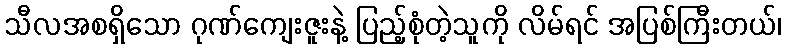
သီလအစရှိသော ဂုဏ်ကျေးဇူးနဲ့ ပြည့်စုံတဲ့သူကို လိမ်ရင် အပြစ်ကြီးတယ်၊